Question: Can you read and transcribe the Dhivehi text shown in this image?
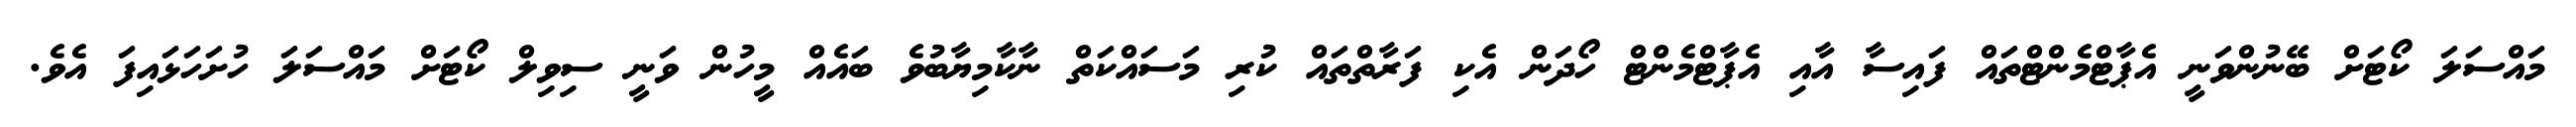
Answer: މައްސަލަ ކޯޓަށް ބޭނުންވަނީ އެޕާޓްމެންޓްތައް ފައިސާ އާއި އެޕާޓްމެންޓް ހޯދަން އެކި ފަރާތްތައް ކުރި މަސައްކަތް ނާކާމިޔާބުވެ ބައެއް މީހުން ވަނީ ސިވިލް ކޯޓަށް މައްސަލަ ހުށަހަޅައިފަ އެވެ.